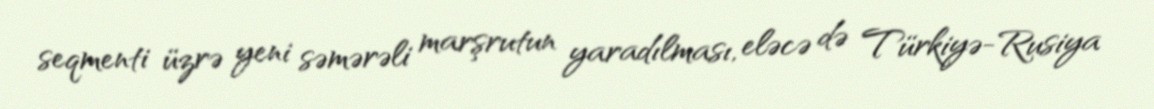
seqmenti üzrə yeni səmərəli marşrutun yaradılması, eləcə də Türkiyə-Rusiya